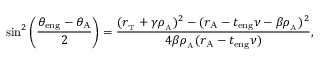
\sin ^ { 2 } \bigg ( \frac { \theta _ { \mathrm { e n g } } - \theta _ { \mathrm { A } } } { 2 } \bigg ) = \frac { ( r _ { _ \mathrm { T } } + \gamma \rho _ { _ \mathrm { A } } ) ^ { 2 } - ( r _ { \mathrm { A } } - t _ { \mathrm { e n g } } \nu - \beta \rho _ { _ \mathrm { A } } ) ^ { 2 } } { 4 \beta \rho _ { _ \mathrm { A } } ( r _ { \mathrm { A } } - t _ { \mathrm { e n g } } \nu ) } ,